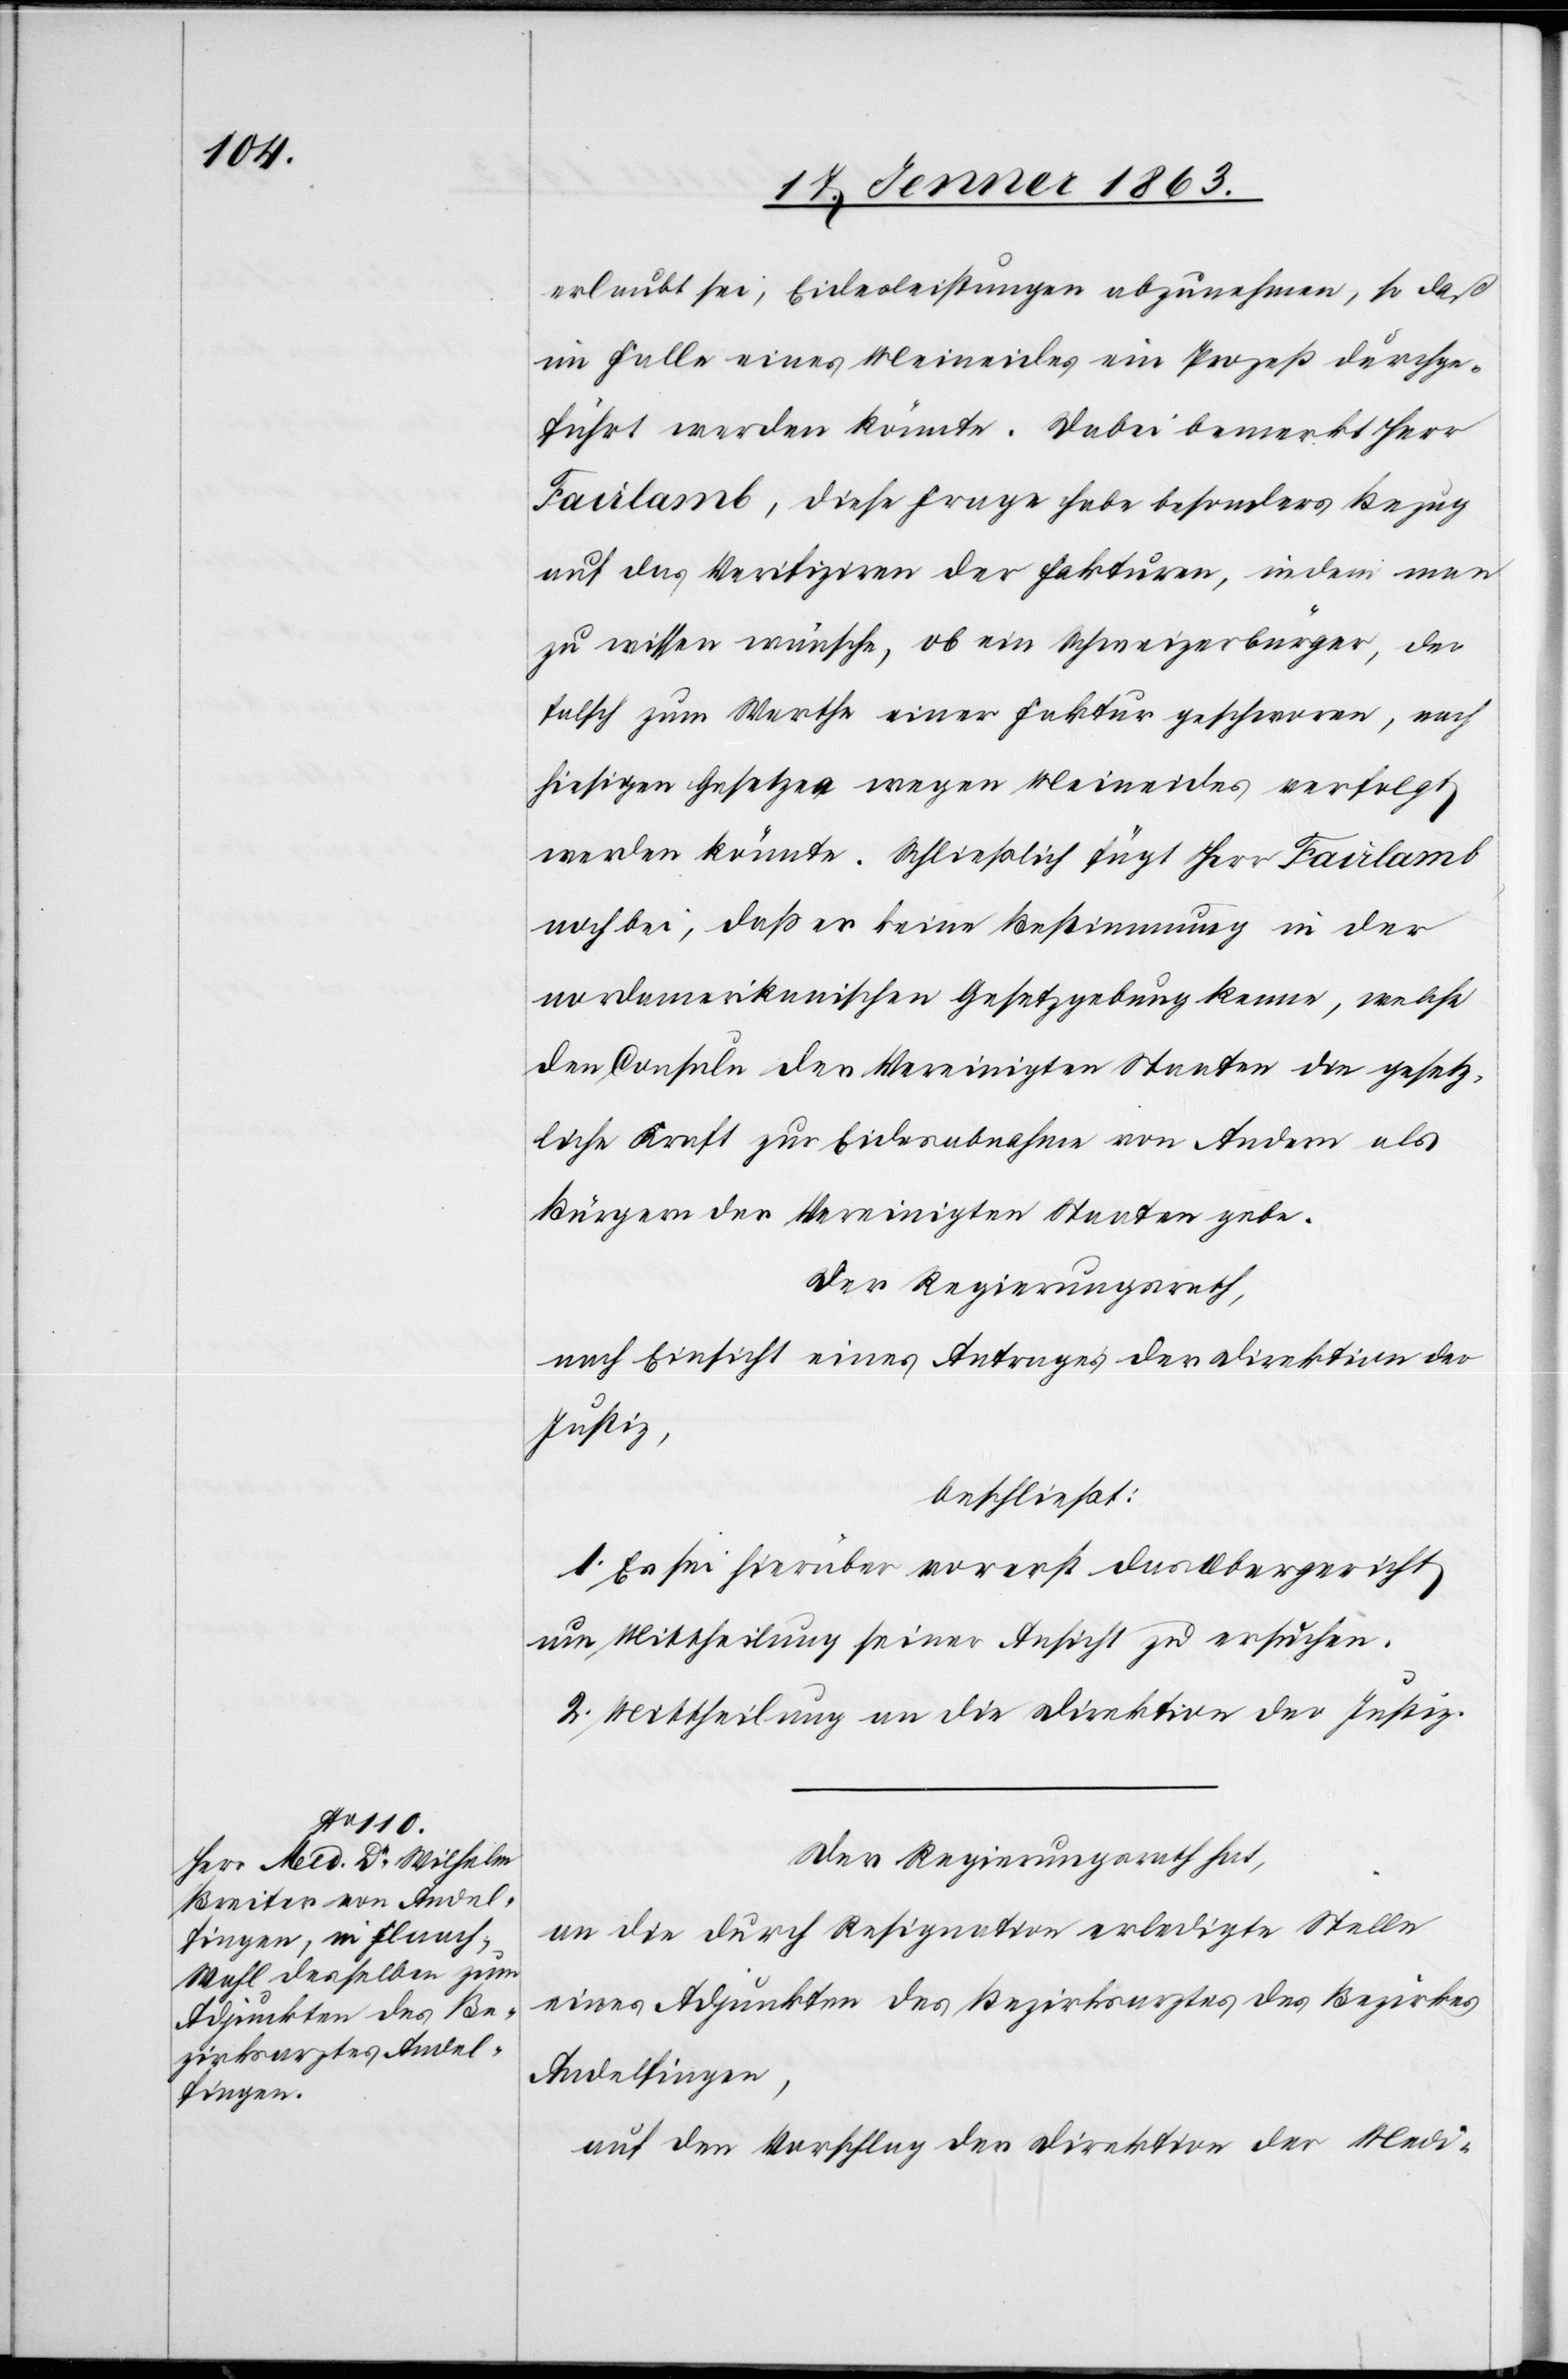
erlaubt sei, Eidesleistungen abzunehmen, so daß
im Falle eines Meineides ein Prozeß durchge¬
führt werden könnte. Dabei bemerkt Herr
Fairlamb, diese Frage habe besonders Bezug
auf das Verifiziren der Fakturen, indem man
zu wissen wünsche, ob ein Schweizerbürger, der
falsch zum Werthe einer Faktur geschworen, nach
hiesigen Gesetzen wegen Meineides verfolgt
werden könnte. Schließlich fügt Herr Fairlamb
noch bei, daß er keine Bestimmung in der
nordamerikanischen Gesetzgebung kenne, welche
den Consuln der Vereinigten Staaten die gesetz¬
liche Kraft zur Eidesabnahme von Andern als
Bürgern der Vereinigten Staaten gebe.
Der Regierungsrath,
nach Einsicht eines Antrages der Direktion der
Justiz,
beschließt:
1. Es sei hierüber vorerst das Obergericht
um Mittheilung seiner Ansicht zu ersuchen.
2. Mittheilung an die Direktion der Justiz.
Der Regierungsrath hat,
an die durch Resignation erledigte Stelle
eines Adjunkten des Bezirksarztes des Bezirkes
Andelfingen,
auf den Vorschlag der Direktion der Medi-